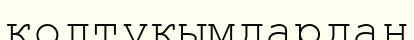
қолтұқымдардан